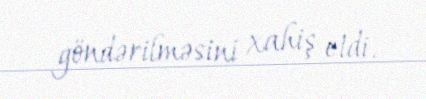
göndərilməsini xahiş etdi.